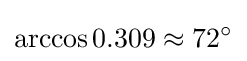
\arccos 0.309\approx 72^{\circ }